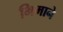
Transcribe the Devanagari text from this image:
भिमाने